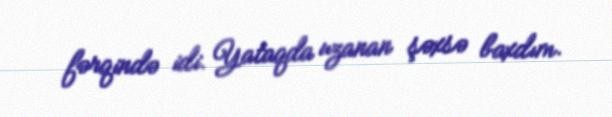
fərqində idi. Yataqda uzanan şəxsə baxdım.